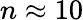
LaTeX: n\approx 10